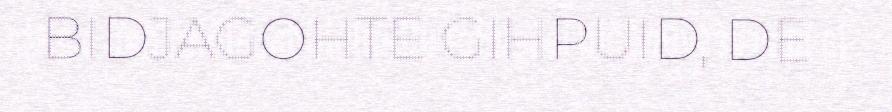
BIDJAGOHTE GIHPUID, DE